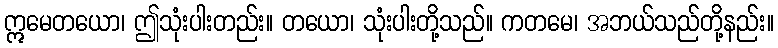
ဣမေတယော၊ ဤသုံးပါးတည်း။ တယော၊ သုံးပါးတို့သည်။ ကတမေ၊ အဘယ်သည်တို့နည်း။